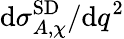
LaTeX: \mathrm{d}\sigma_{A,\chi}^{\mathrm{SD}}/\mathrm{d}q^{2}